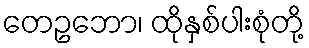
တေဥဘော၊ ထိုနှစ်ပါးစုံတို့